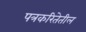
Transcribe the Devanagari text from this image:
पत्रकरितेतील